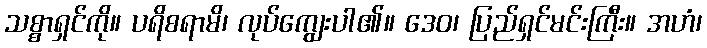
သစ္စာရှင်ကို။ ပရိစရာမိ၊ လုပ်ကျွေးပါ၏။ ဒေဝ၊ ပြည်ရှင်မင်းကြီး။ အဟံ၊